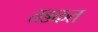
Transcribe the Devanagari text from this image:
तडकत